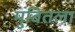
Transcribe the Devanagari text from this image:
मुबितला